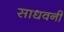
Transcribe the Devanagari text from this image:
साधवनी